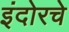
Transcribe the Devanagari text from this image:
इंदोरचे